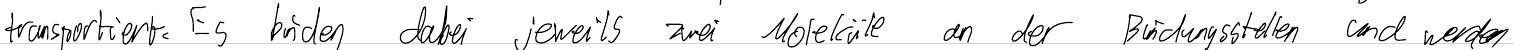
transportiert. Es binden dabei jeweils zwei Moleküle an der Bindungsstellen und werden